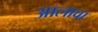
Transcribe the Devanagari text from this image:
अालावा